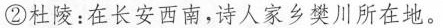
②杜陵：在长安西南，诗人家乡樊川所在地。